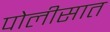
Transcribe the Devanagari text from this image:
पोलीसात